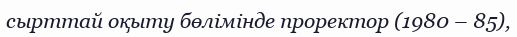
сырттай оқыту бөлімінде проректор (1980 – 85),